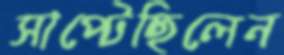
সাপ্‌টেছিলেন